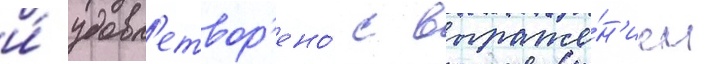
и́ удовл'етвор'ено́ с выраже́н'ием